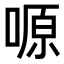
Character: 𠺿